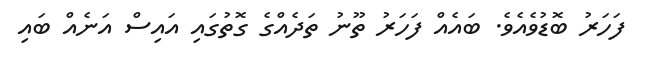
ފަހަރު ބޮޑުވެއެވެ. ބައެއް ފަހަރު ތޫނު ތަދެެއްގެ ގޮތުގައި އައިސް އަނެއް ބައި